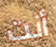
أنت